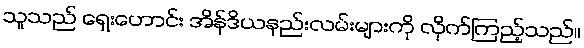
သူသည် ရှေးဟောင်း အိန်ဒိယနည်းလမ်းများကို လိုက်ကြည့်သည်။